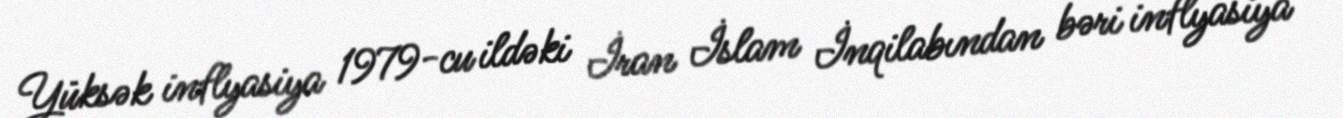
Yüksək inflyasiya 1979-cu ildəki İran İslam İnqilabından bəri inflyasiya